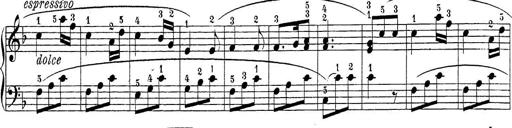
Title: Sonatina Album
Composer: Louis KÃ¶hler